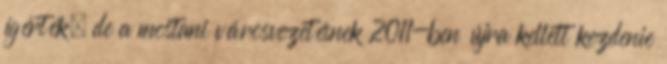
ígérték, de a mostani városvezetésnek 2011-ben újra kellett kezdenie